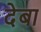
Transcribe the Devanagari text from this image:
देबा